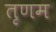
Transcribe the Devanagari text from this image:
तृणम